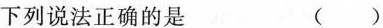
下列说法正确的是 ()